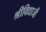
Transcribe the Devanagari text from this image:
श्रीविद्याजी